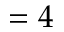
= 4